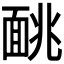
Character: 𫖁